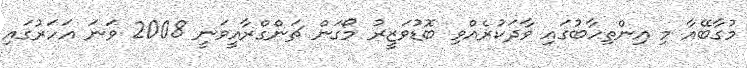
މުގާބޭއާ މި އިންތިހާބުގައި ވާދަކުރެއްވި ބޮޑުވަޒީރު މޯގަން ޗަންގްރާއީވަނީ 2008 ވަނަ އަހަރުގައި